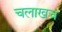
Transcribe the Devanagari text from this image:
चलाखच